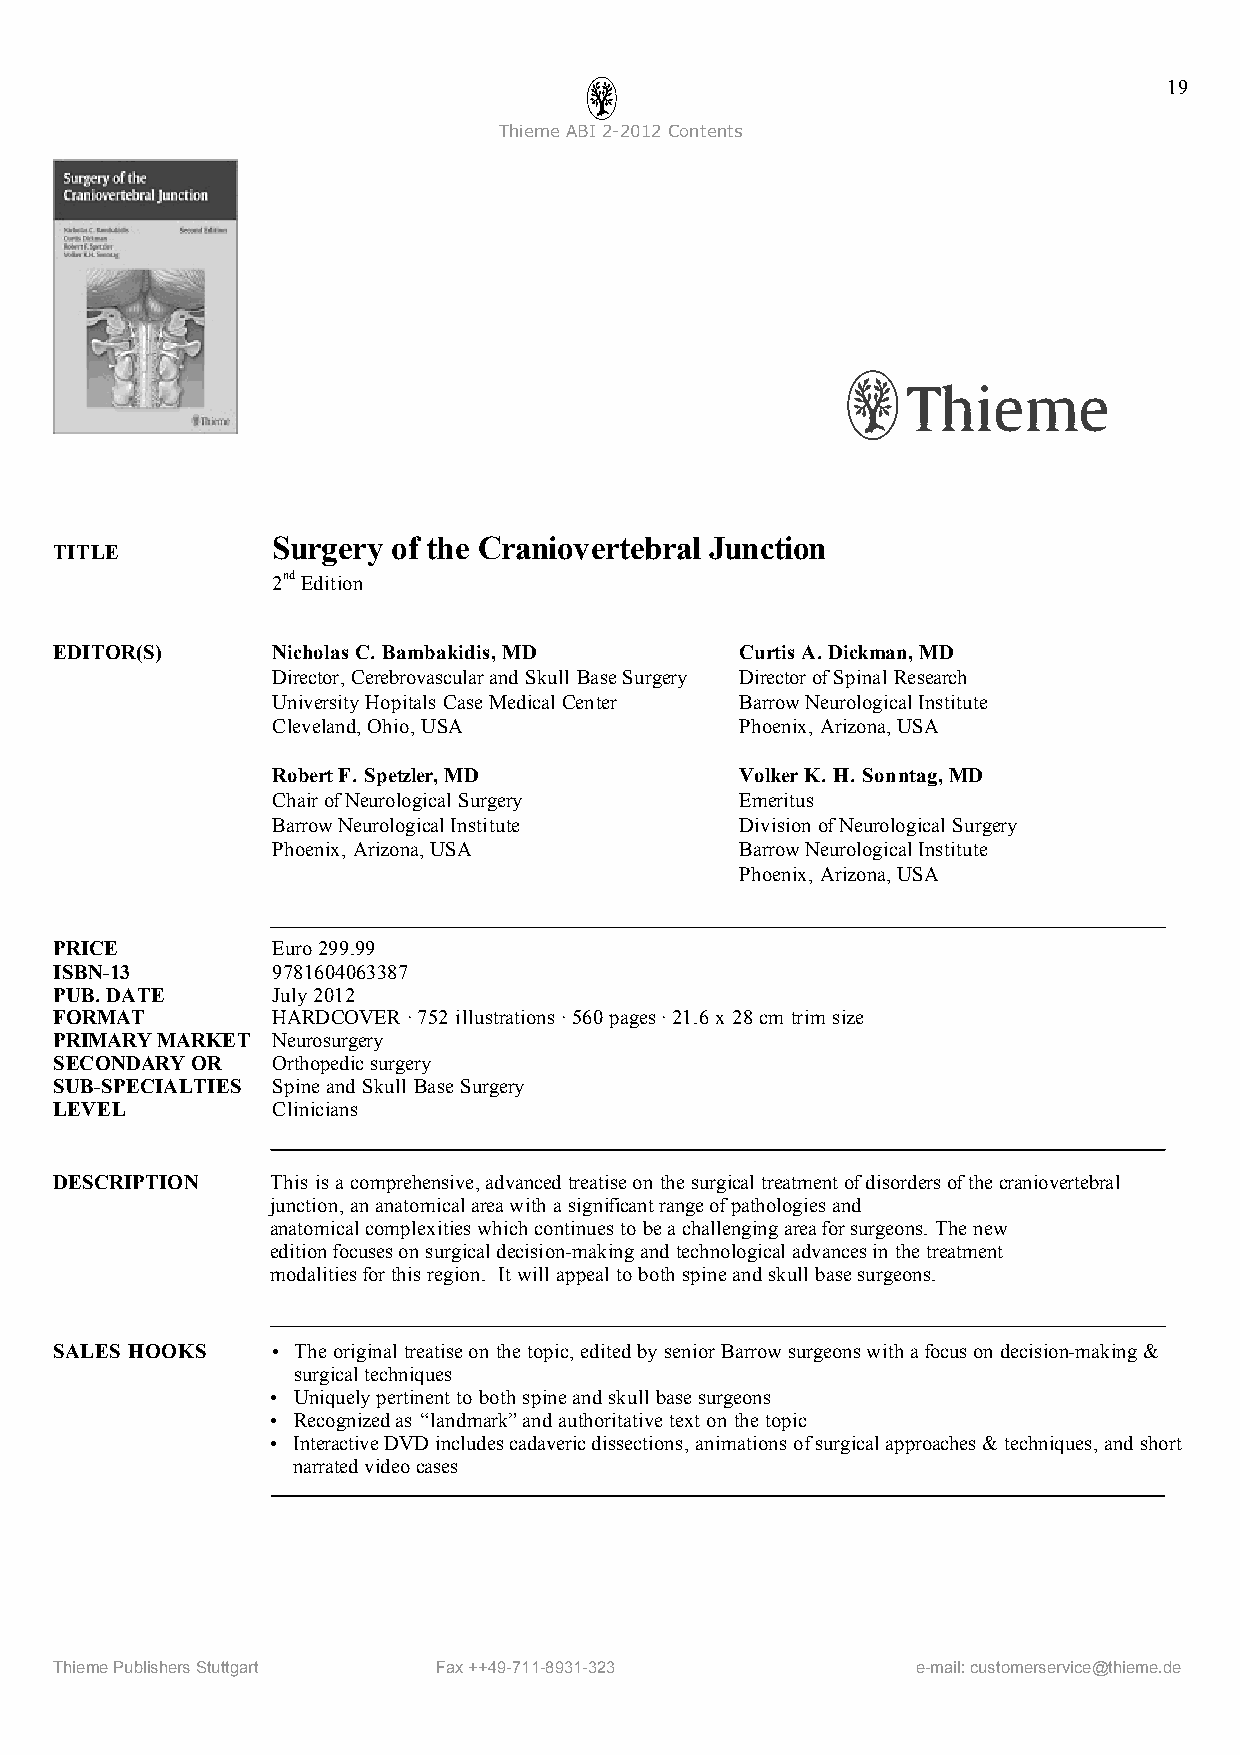
19
 ThiemeABI2-2012Contents
 Surgery of the Craniovertebral Junction
 TITLE
 2ndEdition
 EDITOR(S)     NicholasC. Bambakidis,MD       CurtisA.Dickman,MD
 Director, Cerebrovascularand Skull BaseSurgery DirectorofSpinal Research
 University Hopitals CaseMedical Center BarrowNeurologicalInstitute
 Cleveland,Ohio, USA            Phoenix, Arizona,USA
 RobertF. Spetzler,MD           VolkerK. H. Sonntag,MD
 ChairofNeurological Surgery    Emeritus
 BarrowNeurologicalInstitute    Division ofNeurological Surgery
 Phoenix, Arizona,USA           BarrowNeurologicalInstitute
 Phoenix, Arizona,USA
 PRICE         Euro299.99
 ISBN-13       9781604063387
 PUB.DATE      July 2012
 FORMAT        HARDCOVER·752 illustrations·560 pages·21.6x 28cm trim size
 PRIMARYMARKET Neurosurgery
 SECONDARYOR   Orthopedicsurgery
 SUB-SPECIALTIES Spineand Skull BaseSurgery
 LEVEL         Clinicians
 DESCRIPTION   This isacomprehensive,advanced treatiseon thesurgical treatmentofdisordersofthecraniovertebral
 junction,ananatomicalareawith asignificantrangeofpathologiesand
 anatomicalcomplexitieswhichcontinuesto beachallengingareaforsurgeons. Thenew
 editionfocuseson surgicaldecision-makingand technologicaladvancesin thetreatment
 modalitiesforthisregion. Itwill appealto both spineandskull basesurgeons.
 SALES HOOKS   • Theoriginal treatiseon thetopic,editedby seniorBarrowsurgeonswithafocuson decision-making &
 surgicaltechniques
 • Uniquelypertinentto both spineand skull basesurgeons
 • Recognizedas “landmark”andauthoritativetext on thetopic
 • InteractiveDVDincludescadavericdissections,animations ofsurgicalapproaches& techniques,and short
 narratedvideocases
 ThiemePublishersStuttgart Fax++49-711-8931-323           e-mail:customerservice@thieme.de